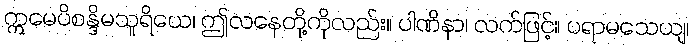
ဣမေပိစန္ဒိမသူရိယေ၊ ဤလနေတို့ကိုလည်း။ ပါဏိနာ၊ လက်ဖြင့်။ ပရာမသေယျ၊